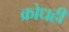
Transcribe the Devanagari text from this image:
क्रोधही